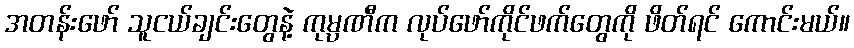
အတန်းဖော် သူငယ်ချင်းတွေနဲ့ ကုမ္ပဏီက လုပ်ဖော်ကိုင်ဖက်တွေကို ဖိတ်ရင် ကောင်းမယ်။